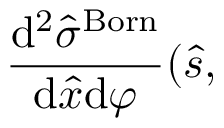
\frac { \mathrm { d } ^ { 2 } \hat { \sigma } ^ { \mathrm { { B o r n } } } } { \mathrm { d } \hat { x } \mathrm { d } \varphi } ( \hat { s } ,